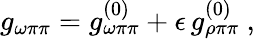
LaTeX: g_{\omega\pi\pi}=g_{\omega\pi\pi}^{(0)}+\epsilon\, g_{\rho\pi\pi}^{(0)}\ ,